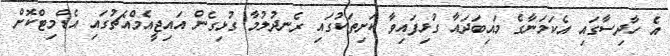
އެ ހާދިސާގައި އެކަމަނާގެ މައިބަދައާ ގުޅިފައިވާ ކަށިތަކުގައި ރެނދުލުމާ ގުޅިގެން އައިޖީއެމްއެޗުގައި އެޑްމިޓްކޮށް